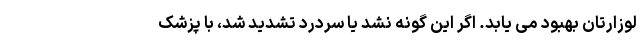
لوزارتان بهبود می یابد. اگر این گونه نشد یا سردرد تشدید شد، با پزشک